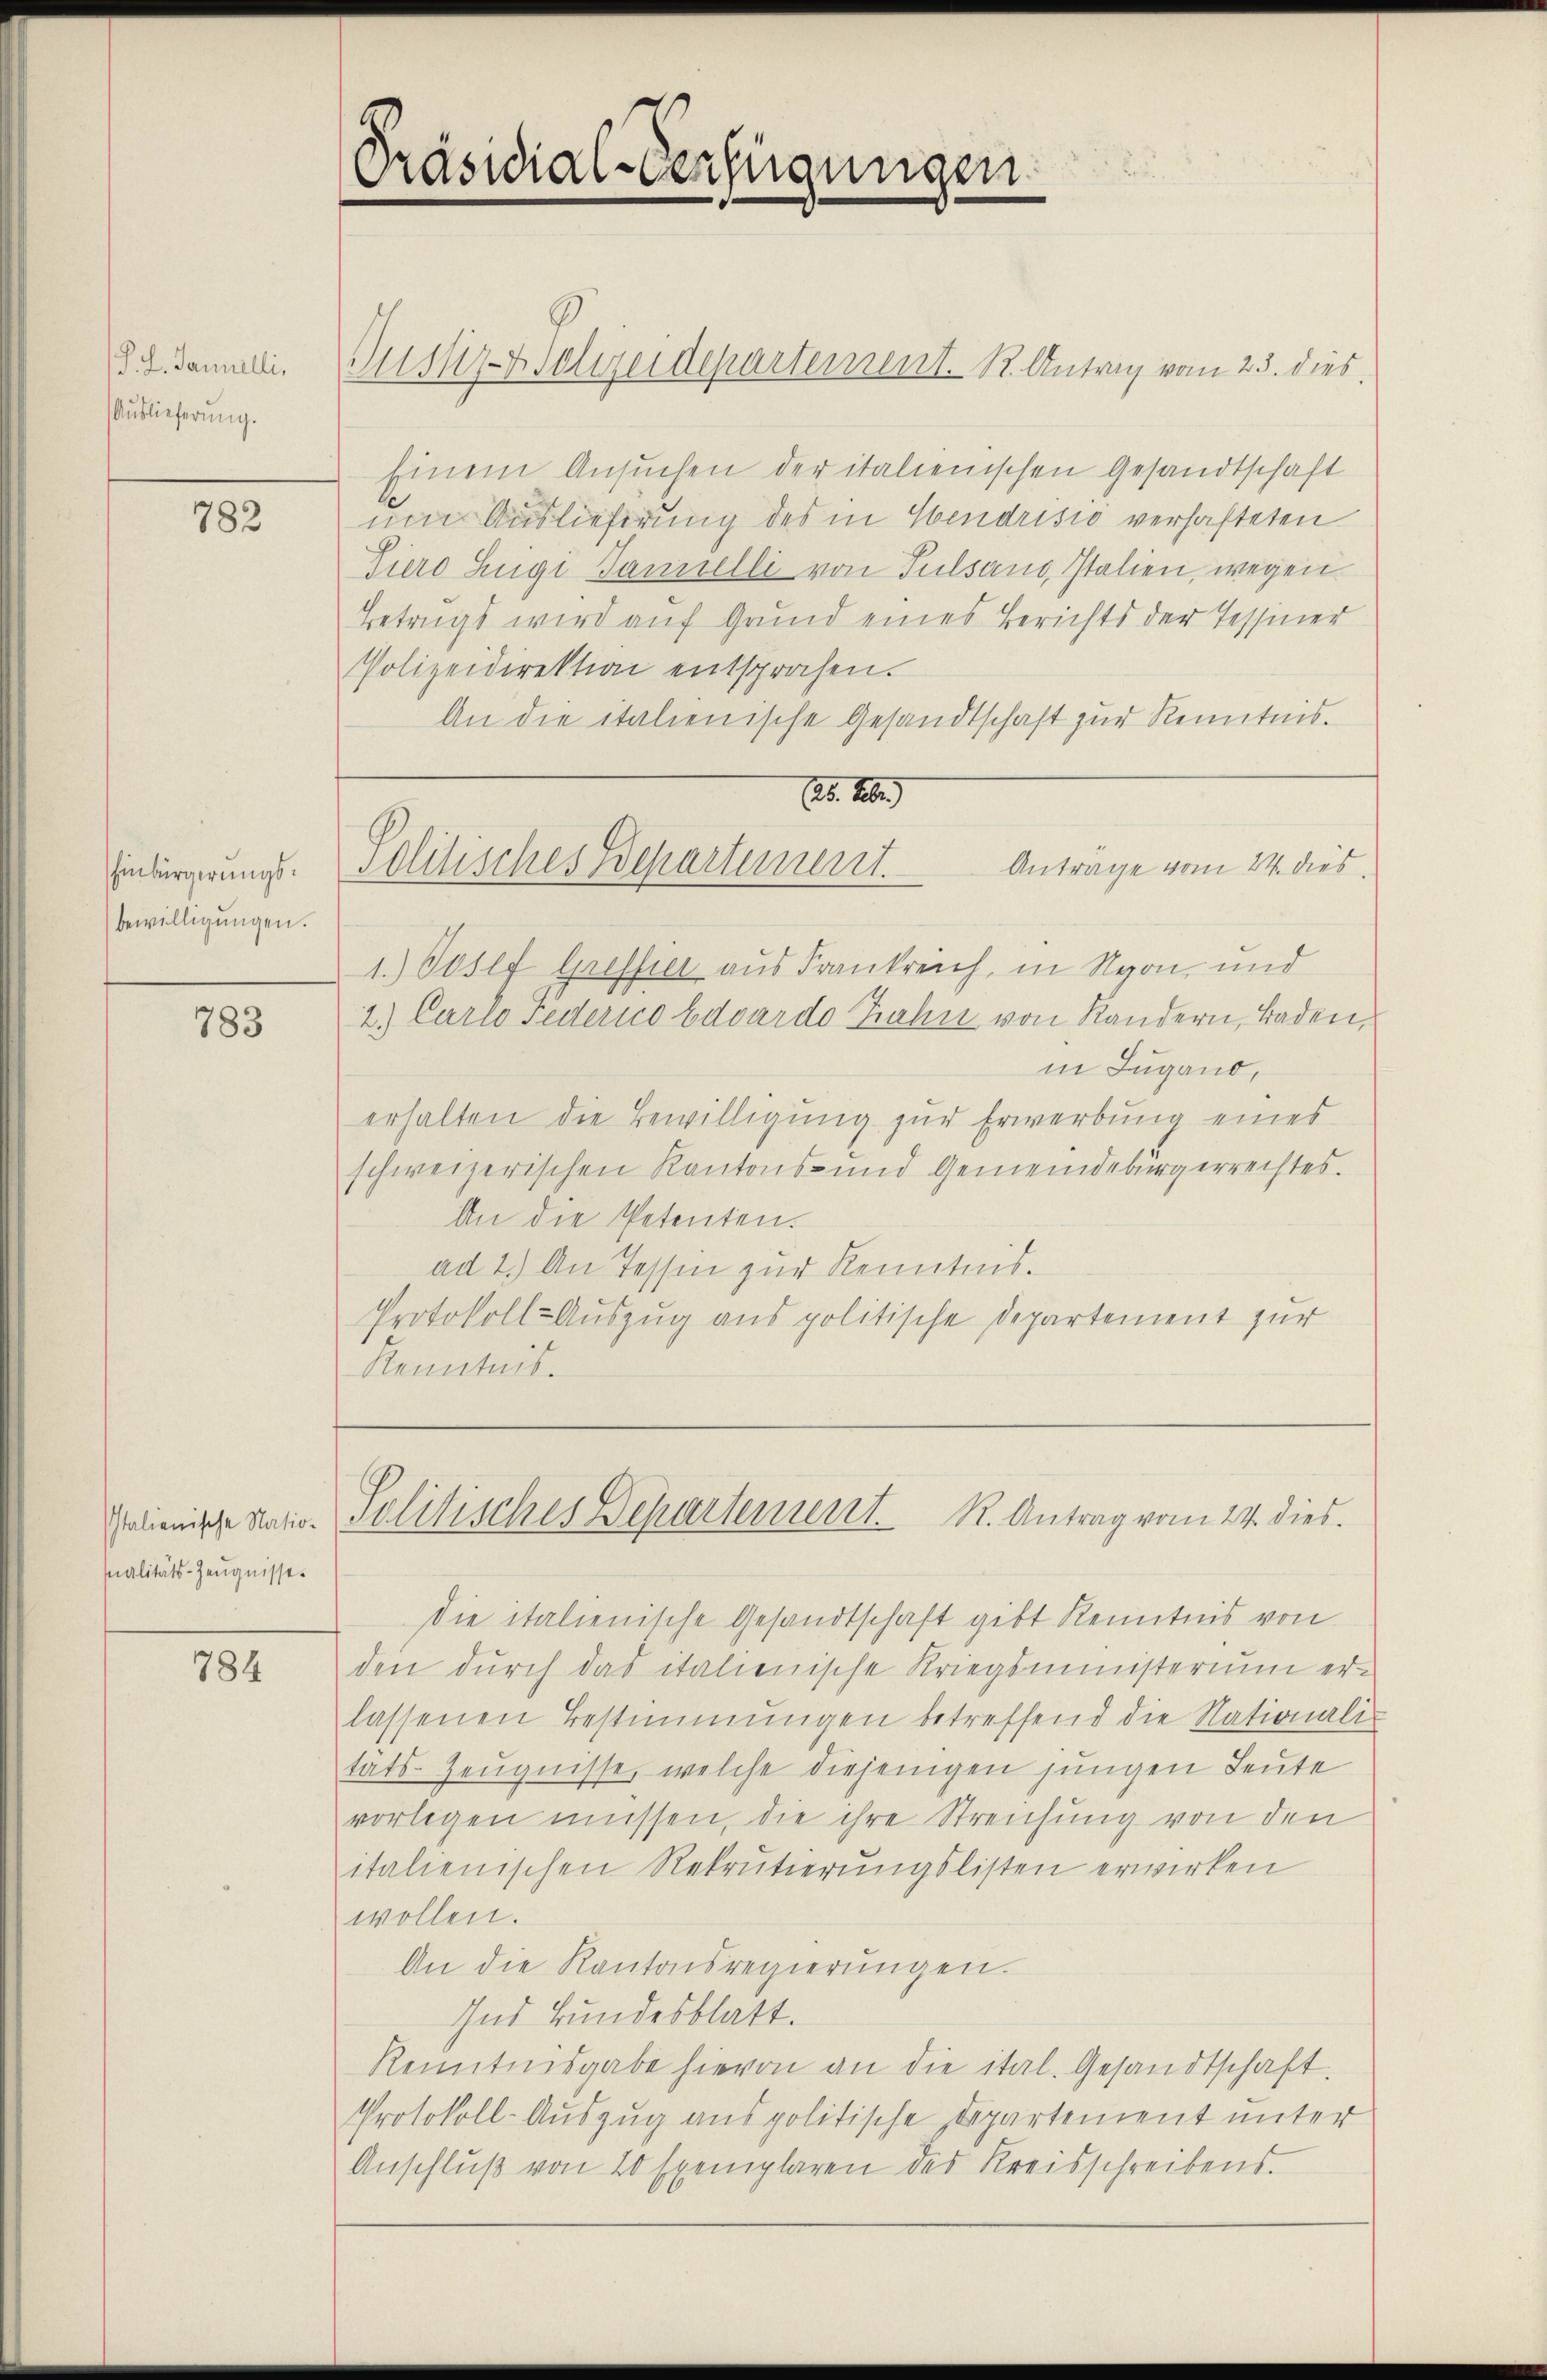
P. L. Jannulli,
Auslieferung.

782

Einbürgerungsbewilligungen.

783

nalitäts-Zeugnisse.

784

Präsidial-Verfügungen

Justiz-Polizeidepartement. K. Antrag vom 23. dies
Einem Ansuchen der italienischen Gesandtschaft
um Auslieferung des in Wendrisis verhafteten
Viero Eugi Ganzelli von Pulsano, Italien, wegen
Betrugs wird auf Grund eines Berichts der Tessiner
Polizeidirektion entsprochen.
An die italienische Gesandtschaft zur Kenntnis.
25. Aber
Politisches Bepartement.
Anträge vom 24. dies
1.) Josef Greffier aus Frankreich, in Nyon, und
2.) Carlo Federico Eduardo Zahn von Kandern, Baden,
in Zugand,
erhalten die Bewilligung zur Erwerbung eines
schweizerischen Kantons- und Gemeindebürgerrechtes.
An die Petenten.
ad 2.) An Tessin zur Kenntnis.
Protokoll-Auszug aus politische Departement zur
Kenntnis.

die italienische Gesandtschaft gibt kenntnis von
den durch das italienische Kriegsministerium erlassenen Bestimmungen betreffend die Nationalis
tats-Zeugnisse, welche diejenigen jungen Leute
vorlegen müssen, die ihre Streichung von den
italienischen Rekrutierungslisten erwirken
wollen.
An die Kantonsregierŭngen.
Ind Bundesblatt.
Renntnisgabe hievon an die ital. Gesandtschaft.
Protokoll-Auszug aus politische Departement unter
Anschluß von 20 Exemplaren des Kreisschreibens.

Gelienische Natio- Politisches Departenuerit. K. Antrag vom 24. dies